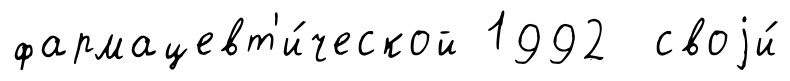
фармацевт'и́ческой 1992 своjи́